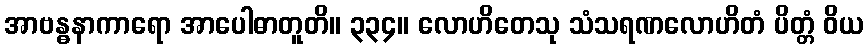
အာဗန္ဓနာကာရော အာပေါဓာတူတိ။ ၃၃၄။ လောဟိတေသု သံသရဏလောဟိတံ ပိတ္တံ ဝိယ